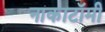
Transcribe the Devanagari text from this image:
नाकाटॉमी